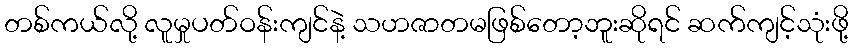
တစ်ကယ်လို့ လူမှုပတ်ဝန်းကျင်နဲ့ သဟဇာတမဖြစ်တော့ဘူးဆိုရင် ဆက်ကျင့်သုံးဖို့